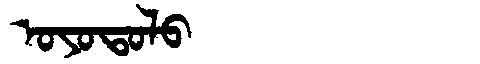
Manchu: ᠣᠶᠣᡨᠣᠯᠣ
Romanization: OYOTOLO